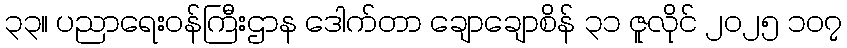
၃၃။ ပညာရေးဝန်ကြီးဌာန ဒေါက်တာ ချောချောစိန် ၃၁ ဇူလိုင် ၂၀၂၅ ၁၀၇